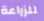
للزراعة